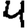
Digit: 4